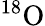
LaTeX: {}^{18}\mathrm{O}